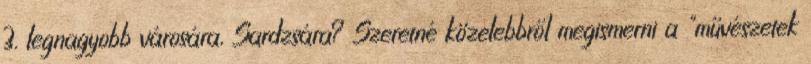
3. legnagyobb városára, Sardzsára? Szeretné közelebbről megismerni a "művészetek